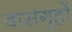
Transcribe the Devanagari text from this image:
वासगृहों